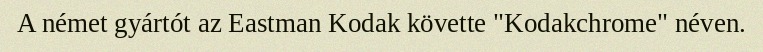
A német gyártót az Eastman Kodak követte "Kodakchrome" néven.